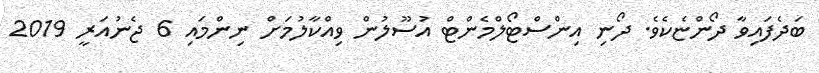
ބަދެފައިވާ ދޯންޏެކެވެ. ދޯނި އިންސްޓޯލްމެންޓް އުސޫލުން ވިއްކާލުމަށް ނިންމައި 6 ޖެނުއަރީ 2019